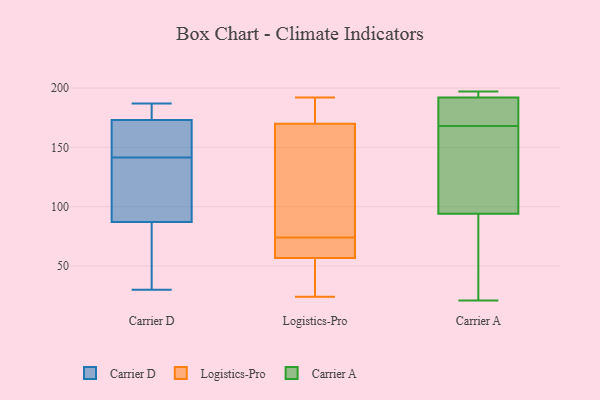
{"axis": {"x": "Churn Rate (%)", "y": "Value"}, "legend": ["Carrier A", "Carrier D", "Logistics-Pro"], "data": [{"x": "", "y": 87, "type": "Carrier D"}, {"x": "", "y": 30, "type": "Carrier D"}, {"x": "", "y": 187, "type": "Carrier D"}, {"x": "", "y": 160, "type": "Carrier D"}, {"x": "", "y": 173, "type": "Carrier D"}, {"x": "", "y": 182, "type": "Carrier D"}, {"x": "", "y": 118, "type": "Carrier D"}, {"x": "", "y": 74, "type": "Carrier D"}, {"x": "", "y": 135, "type": "Carrier D"}, {"x": "", "y": 148, "type": "Carrier D"}, {"x": "", "y": 178, "type": "Logistics-Pro"}, {"x": "", "y": 26, "type": "Logistics-Pro"}, {"x": "", "y": 176, "type": "Logistics-Pro"}, {"x": "", "y": 67, "type": "Logistics-Pro"}, {"x": "", "y": 24, "type": "Logistics-Pro"}, {"x": "", "y": 74, "type": "Logistics-Pro"}, {"x": "", "y": 66, "type": "Logistics-Pro"}, {"x": "", "y": 82, "type": "Logistics-Pro"}, {"x": "", "y": 168, "type": "Logistics-Pro"}, {"x": "", "y": 77, "type": "Logistics-Pro"}, {"x": "", "y": 192, "type": "Logistics-Pro"}, {"x": "", "y": 29, "type": "Logistics-Pro"}, {"x": "", "y": 67, "type": "Logistics-Pro"}, {"x": "", "y": 63, "type": "Carrier A"}, {"x": "", "y": 187, "type": "Carrier A"}, {"x": "", "y": 193, "type": "Carrier A"}, {"x": "", "y": 168, "type": "Carrier A"}, {"x": "", "y": 136, "type": "Carrier A"}, {"x": "", "y": 121, "type": "Carrier A"}, {"x": "", "y": 174, "type": "Carrier A"}, {"x": "", "y": 192, "type": "Carrier A"}, {"x": "", "y": 197, "type": "Carrier A"}, {"x": "", "y": 85, "type": "Carrier A"}, {"x": "", "y": 69, "type": "Carrier A"}, {"x": "", "y": 21, "type": "Carrier A"}, {"x": "", "y": 196, "type": "Carrier A"}, {"x": "", "y": 192, "type": "Carrier A"}, {"x": "", "y": 159, "type": "Carrier A"}]}